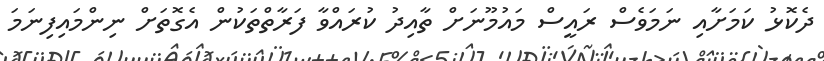
ދެކޮޅު ކަމަށާއި ނަމަވެސް ރައީސް މައުމޫނަށް ތާއިދު ކުރައްވާ ފަރާތްތަކުން އެގޮތަށް ނިންމައިފިނަމަ